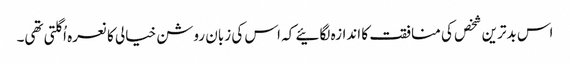
اس بدترین شخص کی منافقت کا اندازہ لگائیے کہ اس کی زبان روشن خیالی کا نعرہ اُگلتی تھی۔